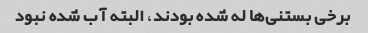
برخی بستنی‌ها له شده بودند، البته آب شده نبود